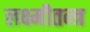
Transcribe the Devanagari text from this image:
लक्ष्मीतन्त्र